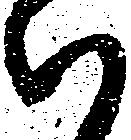
候